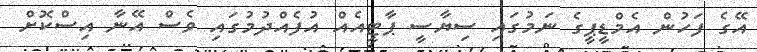
އޭގެ ފަހުން އެމްޑީޕީގެ ނަމުގައި ސިޔާސީ ޕާޓީއެއް އުފެއްދުމުގައި ވެސް އޭނާ އިސްކޮށް